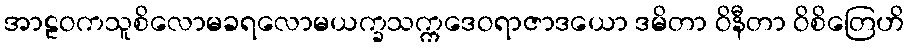
အာဠဝကသူစိလောမခရလောမယက္ခသက္ကဒေဝရာဇာဒယော ဒမိတာ ဝိနီတာ ဝိစိတြေဟိ